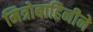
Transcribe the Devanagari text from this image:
मित्रोबाहिनीने